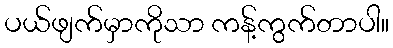
ပယ်ဖျက်မှာကိုသာ ကန့်ကွက်တာပါ။